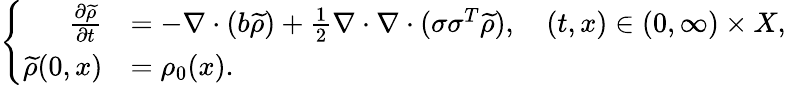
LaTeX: \left\{ \begin{array}{rl}{\frac{\partial\widetilde{\rho}}{\partial t}}&{=-\nabla\cdot(b\widetilde{\rho})+\frac{1}{2}\nabla\cdot\nabla\cdot(\sigma\sigma^{T}\widetilde{\rho}),\quad(t,x)\in(0,\infty)\times X,}\\ {\widetilde{\rho}(0,x)}&{=\rho_{0}(x).}\end{array}\right.